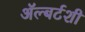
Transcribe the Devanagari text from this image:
ॲल्बर्टशी